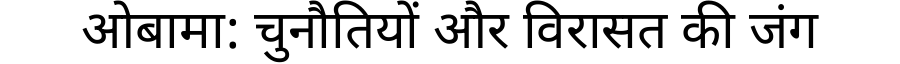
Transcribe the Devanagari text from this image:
ओबामा: चुनौतियों और विरासत की जंग